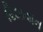
રિઝવાન